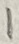
Text: 1